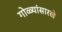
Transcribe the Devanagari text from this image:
गोळ्यांसारखे